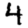
Digit: 4